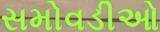
સમોવડીઓ